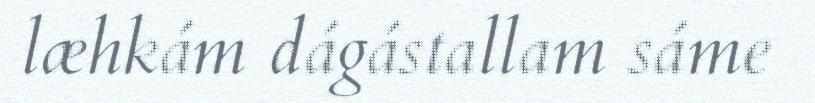
læhkám dágástallam sáme